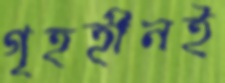
গৃহহীনই